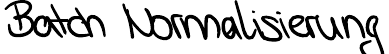
Batch Normalisierung